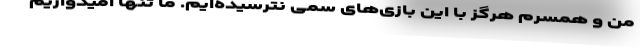
من و همسرم هرگز با این بازی‌های سمی نترسیده‌ایم. ما تنها امیدواریم